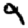
Digit: 9